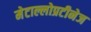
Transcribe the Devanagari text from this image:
मेटाल्लोप्रटीनेज